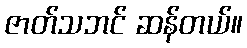
ဇာတ်သဘင် ဆန်တယ်။